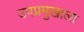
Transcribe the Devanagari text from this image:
उपप्रमुखाला